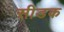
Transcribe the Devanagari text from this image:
सीडक